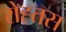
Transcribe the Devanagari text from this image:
रोह्तस